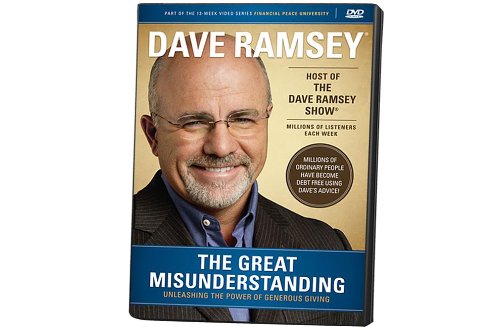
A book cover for The Great Misunderstanding; Dave Ramsey; Christian Books & Bibles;